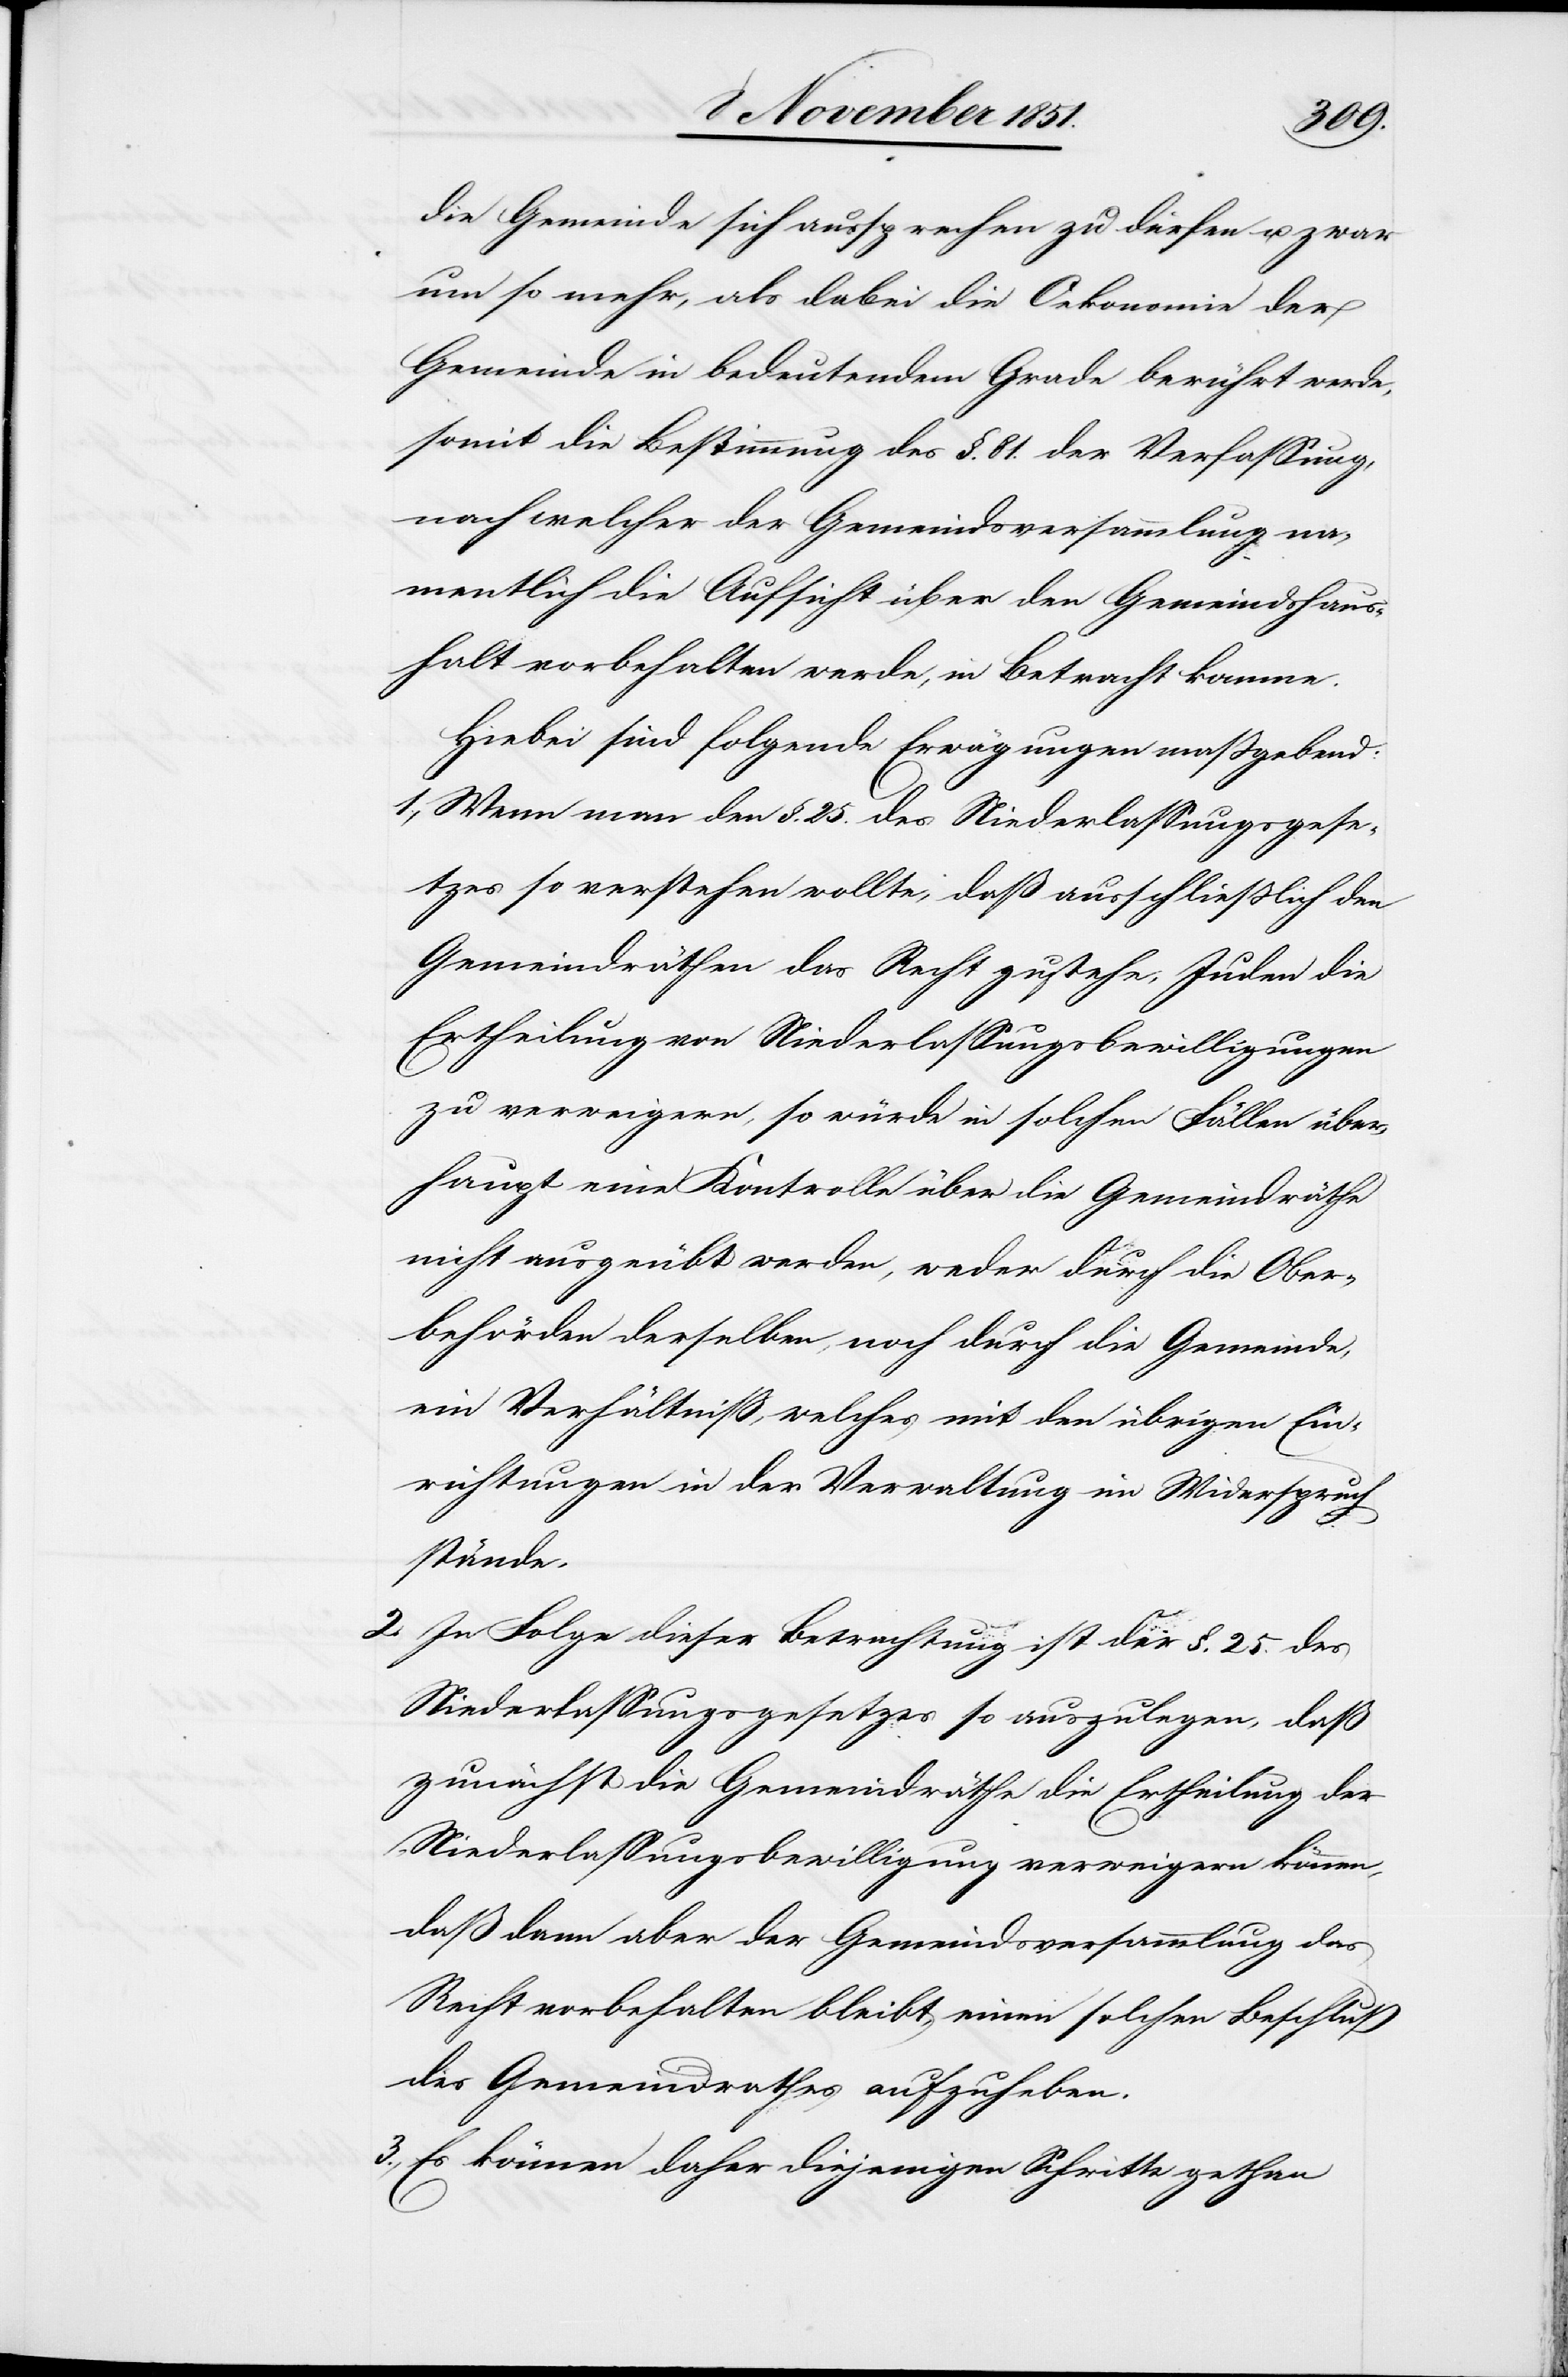
die Gemeinde sich aussprechen zu dürfen u. zwar
um so mehr, als dabei die Oekonomie der
Gemeinde in bedeutendem Grade berührt werde,
somit die Bestimmung des §. 81. der Verfassung,
nach welcher der Gemeindsversammlung na¬
mentlich die Aufsicht über den Gemeindshaus¬
halt vorbehalten werde, in Betracht komme.
Hiebei sind folgende Erwägungen maßgebend:
Wenn man den §. 25. des Niederlassungsgese¬
tzes so verstehen wollte, daß ausschließlich den
Gemeindräthen das Recht zustehe, Juden die
Ertheilung von Niederlassungsbewilligungen
zu verweigern, so würde in solchen Fällen über¬
haupt eine Kontrolle über die Gemeindräthe
nicht ausgeübt werden, weder durch die Ober¬
behörden derselben, noch durch die Gemeinde,
ein Verhältniss, welches mit den übrigen Ein¬
richtungen in der Verwaltung im Widerspruch
stände.
In Folge dieser Betrachtung ist der §. 25. des
Niederlassungsgesetzes so auszulegen, daß
zunächst die Gemeindräthe die Ertheilung der
Niederlassungsbewilligung verweigern können,
daß dann aber der Gemeindsversammlung das
Recht vorbehalten bleibt, einen solchen Beschluß
des Gemeindrathes aufzuheben.
Es können daher diejenigen Schritte gethan